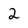
Character: 2